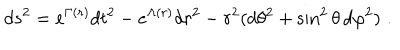
LaTeX: d s ^ { 2 } = e ^ { \Gamma ( r ) } d t ^ { 2 } - e ^ { \Lambda ( r ) } d r ^ { 2 } - r ^ { 2 } ( d \theta ^ { 2 } + \sin ^ { 2 } \theta \, d \varphi ^ { 2 } ) \, \, .